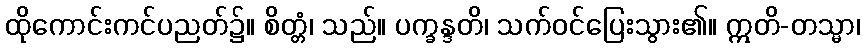
ထိုကောင်းကင်ပညတ်၌။ စိတ္တံ၊ သည်။ ပက္ခန္ဒတိ၊ သက်ဝင်ပြေးသွား၏။ ဣတိ-တသ္မာ၊